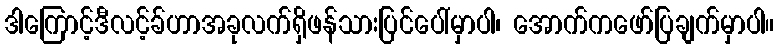
ဒါကြောင့်ဒီလင့်ခ်ဟာအခုလက်ရှိဖန်သားပြင်ပေါ်မှာပါ၊ အောက်ကဖော်ပြချက်မှာပါ။